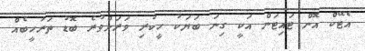
އެޓޭކް އޮން ޓައިޓަން އަކީ ގިނަ ބަޔަކު ހީކުރި ވަރަށްވުރެ ބޮޑު ތަރުހީބެއް